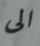
الى